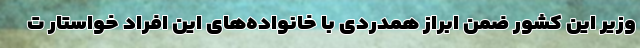
وزیر این کشور ضمن ابراز همدردی با خانواده‌های این افراد خواستار ت